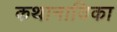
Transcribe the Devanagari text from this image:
कथानायिका